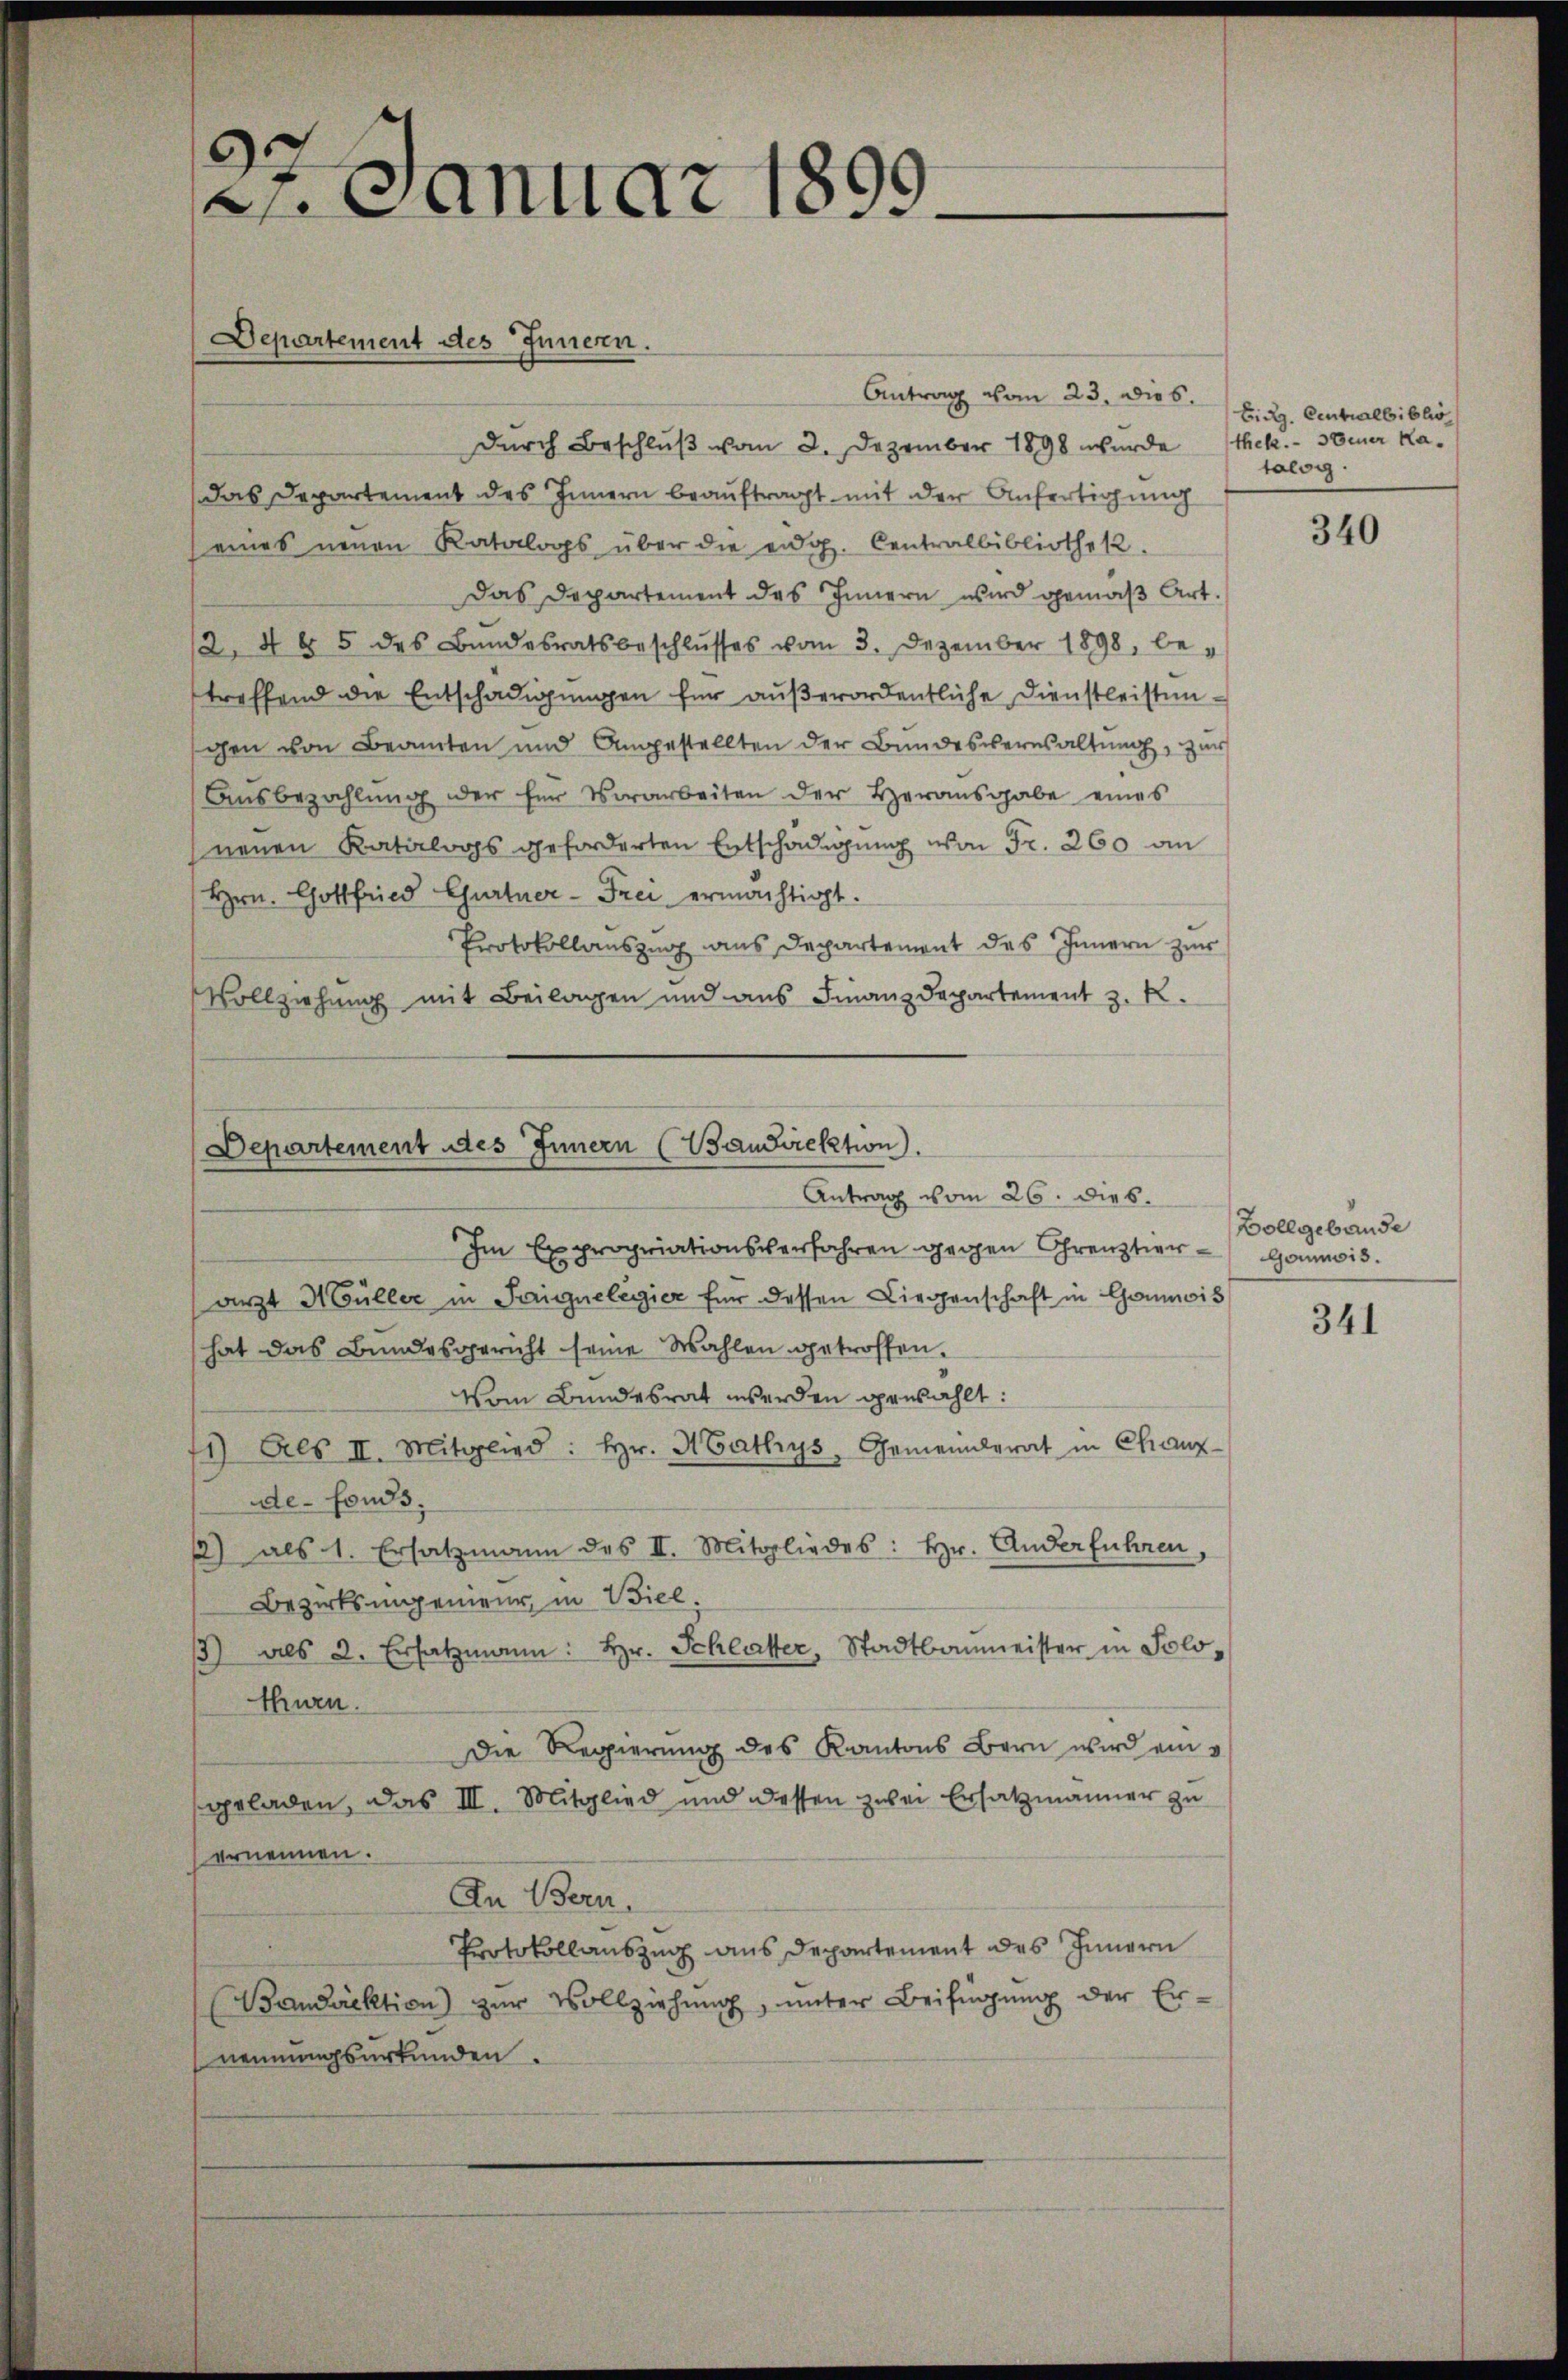
.
2 Januar 1899

Departement des Innern.

Antrag vom 23. Dies
durch Beschluß vom 2. Dezember 1898 wurde
das Departement des Innern beauftragt mit der Anfertigung
(eines neuen Katalogs über die eidg. Centralbibliothek.
Das Departement des Innern wird gemäβ Art.
2, 4 & 5 des Bŭndesratsbeschlŭsses vom 3. Dezember 1898, be-
treffend die Entschädigungen für außerordentliche Dienstleistengen von Beamten und Angestellten der Bundesversaltung, zur
Ausbezahlung der für Vorarbeiten der Herausgabe eines
neuen Katalogs geforderten Entschädigung von Fr. 260 an
Hrrn. Gottfried Gurtner-Frei ermächtigt.
Protokollauszug aus Departement des Innern zur
Vollziehung mit Beilagen und aus Finanzdepartement z. R.
Im Expropriationsverfahren gegen Grenztierarzt d Güller in Sigelegier für dessen Liegenschaft in Connois
hat das Bundesgericht seine Wahlen getroffen.
Vom Bundesrat werden gewählt:
11) Als II. Mitglied: hr. Mathys, Gemeinderat in Chanz
de-Fonds,
2) als 1. Ersatzmann des II. Mitgliedes: hr. Anderführen,
Bezirksingenieur, in Wiel.
1) als 2. Ersatzmann: hr. Schlatter, Stadtbaumeister in Solo-
thurn.
Die Regierung des Kantons Bern wird ein
geladen, das III. Mitglied und dessen zwei Ersatzmänner zu
ernennen.
In Bern,
Protokollauszug aus Departement des Innern
Bandirektion) zur Vollziehung, unter Beifügung der Ernennungsurkunden.

Departement des Innern (Baudirektion
Antrag vom 26. dies.

Bidg. Centralbibliothek. Steuer Katolog.

340

Vollgebäude
Goumois.

341